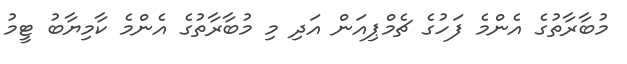
މުބާރާތުގެ އެންމެ ފަހުގެ ޗެމްޕިއަން އަދި މި މުބާރާތުގެ އެންމެ ކާމިޔާބު ޓީމު